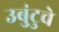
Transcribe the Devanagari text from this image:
उबुंटुचे